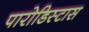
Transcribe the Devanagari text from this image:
पारोडिस्टास